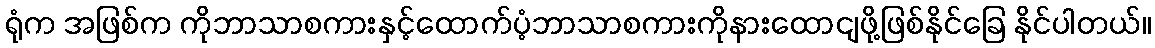
ရုံက အဖြစ်က ကိုဘာသာစကားနှင့်ထောက်ပံ့ဘာသာစကားကိုနားထောငျဖို့ဖြစ်နိုင်ခြေ နိုင်ပါတယ်။